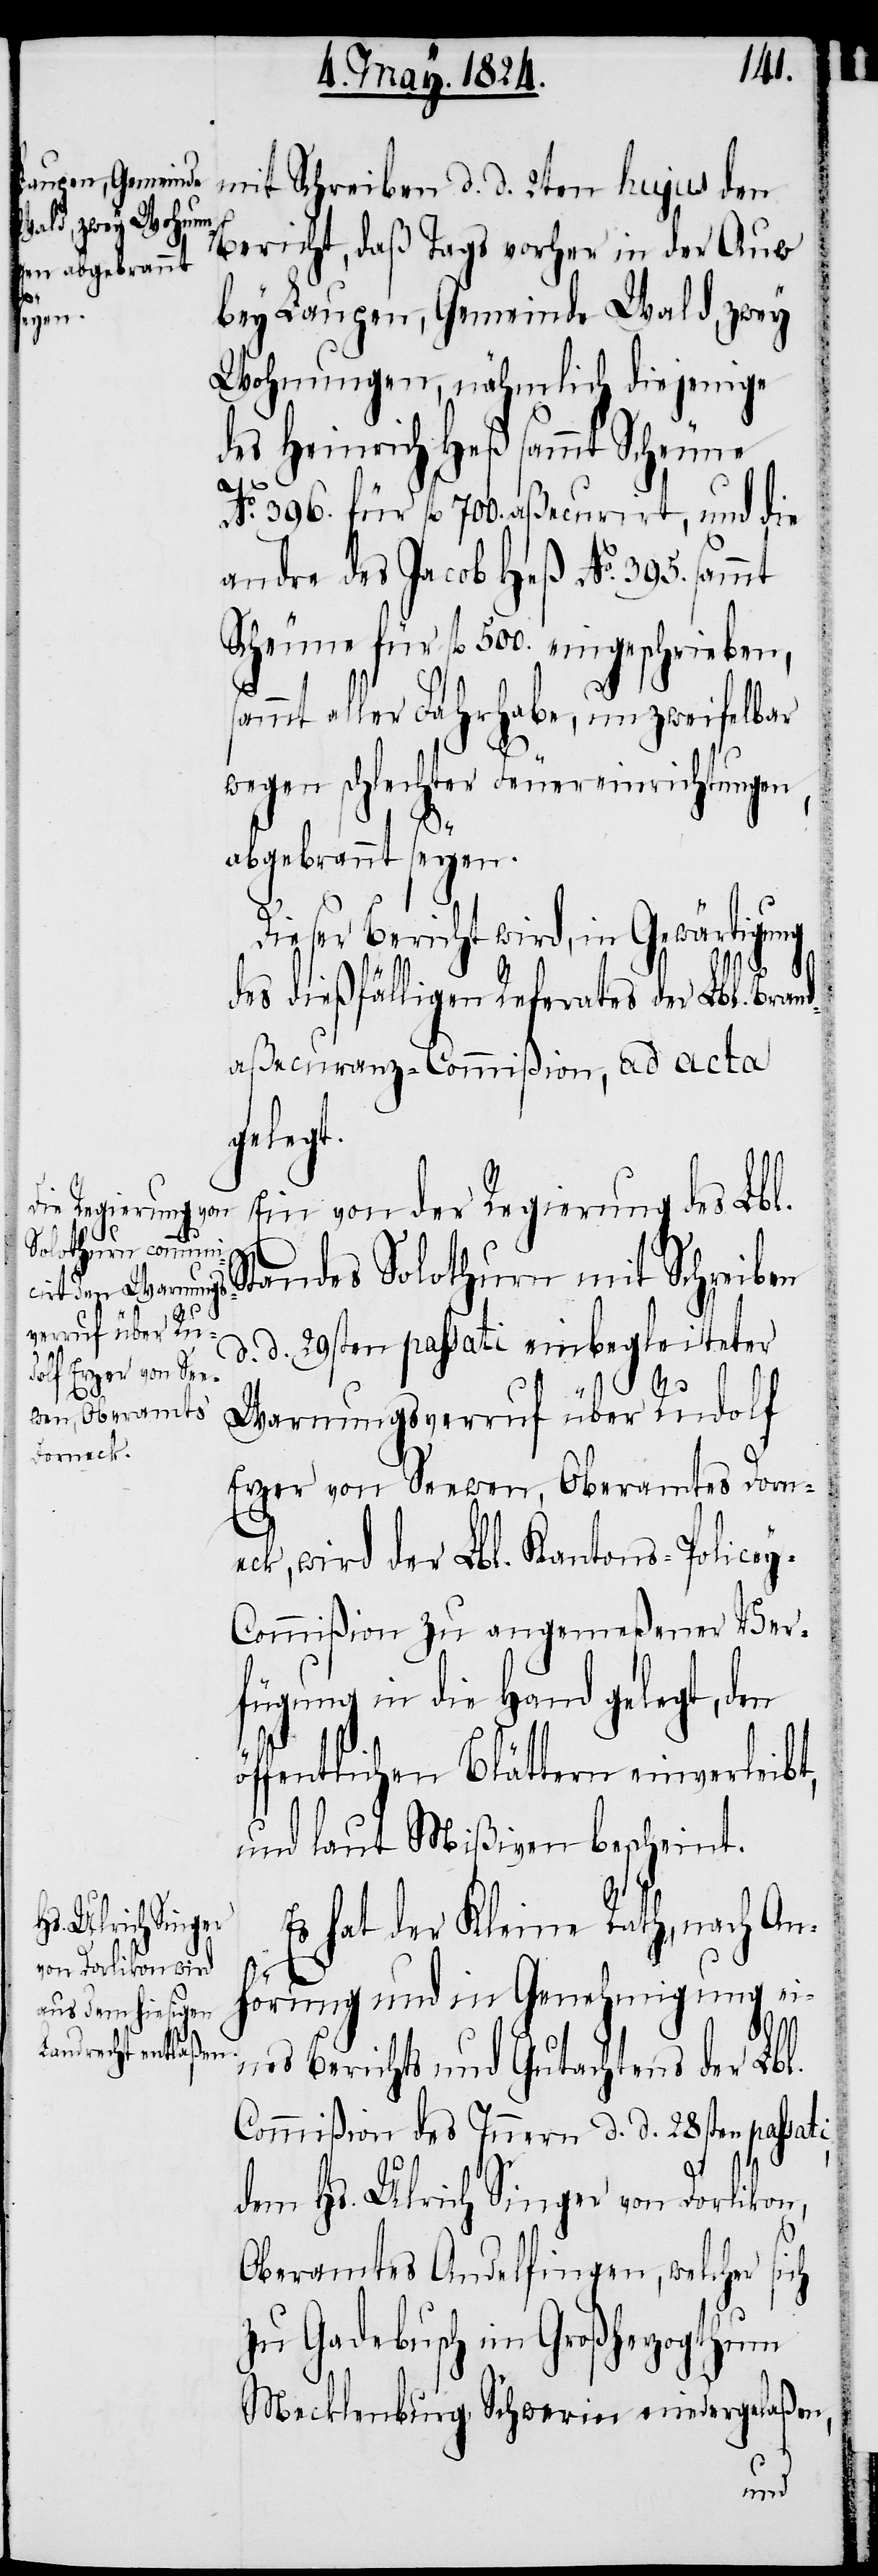
mit Schreiben d. d. 2ten hujus den
Bericht, daß Tags vorher in der Auw
bey Laupen, Gemeinde Wald, zwey
Wohnungen, nähmlich diejenige
des Heinrich Heß sammt Scheune
No. 396. für fl. 700. aßecurirt, und die
andre des Jacob Heß No. 395. sammt
Scheune für fl. 500. eingeschrieben,
sammt aller Fahrhabe, unzweifelbar
wegen schlechter Feuereinrichtungen,
abgebrannt seyen.
Dieser Bericht wird, in Gewärtigung
öf¬
des dießfälligen Referates der Lbl. Bran¬
daßecuranz-Commißion, ad acta
gelegt.
Ein von der Regierung des Lbl.
Standes Solothurn mit Schreiben
d. d. 29sten passati einbegleiteter
i,
Warnungsverruf über Rudolf
Erzer von Seewen, Oberamtes Dorne¬
ck, wird der Lbl. Kantons-Police¬
y-Commißion zu angemeßener Ver¬
fügung in die Hand gelegt, den
fentlichen Blättern einverleibt,
und laut Mißiven bescheint.
Es hat der Kleine Rath, nach An¬
hörung und in Genehmigung ei¬
nes Berichts und Gutachtens der Lbl.
Commißion des Innern d. d. 28sten passat¬
dem Hs. Ulrich Singer von Dorlikon,
ch
Oberamtes Andelfingen, welcher si¬
zu Gadebusch im Großherzogthum
Mecklenburg Schwerien niedergelaßen,